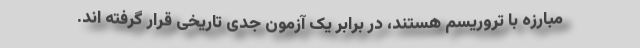
مبارزه با تروریسم هستند، در برابر یک آزمون جدی تاریخی قرار گرفته اند.